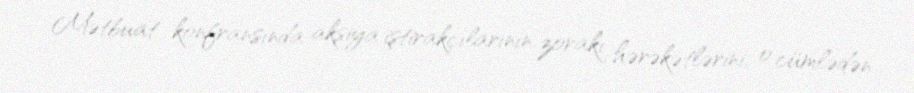
Mətbuat konfransında aksiya iştirakçılarının zorakı hərəkətlərini, o cümlədən